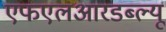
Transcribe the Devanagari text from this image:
एफएलआरडब्ल्यू